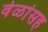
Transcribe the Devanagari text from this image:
वेळांसह